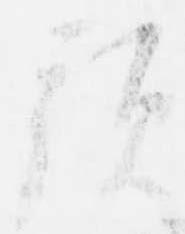
預